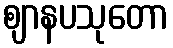
ဈာနပသုတော